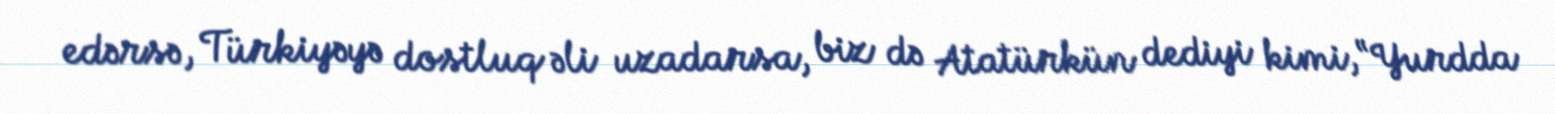
edərsə, Türkiyəyə dostluq əli uzadarsa, biz də Atatürkün dediyi kimi, “Yurdda